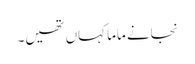
نجانے ماما کہاں تھیں۔